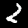
Label: 2